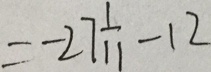
= - 2 7 \frac { 1 } { 1 1 } - 1 2